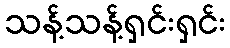
သန့်သန့်ရှင်းရှင်း